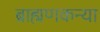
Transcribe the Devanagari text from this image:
ब्राह्मणकन्या